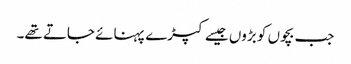
جب بچوں کو بڑوں جیسے کپڑے پہنائے جاتے تھے۔